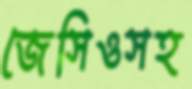
জেসিওসহ